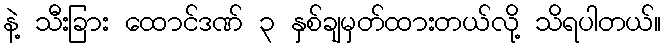
နဲ့ သီးခြား ထောင်ဒဏ် ၃ နှစ်ချမှတ်ထားတယ်လို့ သိရပါတယ်။